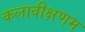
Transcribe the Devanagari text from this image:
कलावीक्षणम